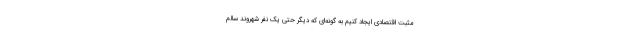
مثبت اقتصادی ایجاد کنیم به گونه‌ای که دیگر حتی یک نفر شهروند سالم